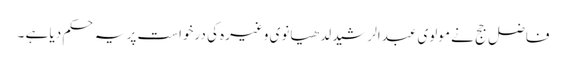
فاضل جج نے مولوی عبدالرشید لدھیانوی وغیرہ کی درخواست پر یہ حکم دیا ہے ۔